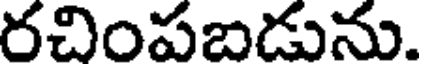
రచింపబడును.